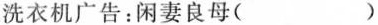
洗衣机广告：闲妻良母()